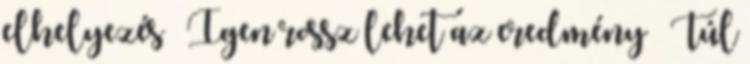
elhelyezés – Igen rossz lehet az eredmény ● Túl